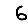
Digit: 6